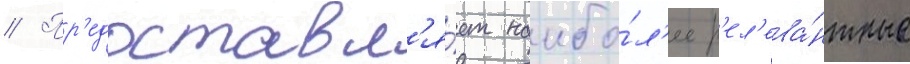
// Пр'едоставл'я́ет наибо́л'ее р'ел'ева́нтные